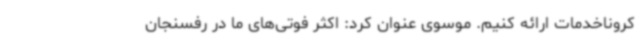
کروناخدمات ارائه کنیم. موسوی عنوان کرد: اکثر فوتی‌های ما در رفسنجان